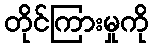
တိုင်ကြားမှုကို